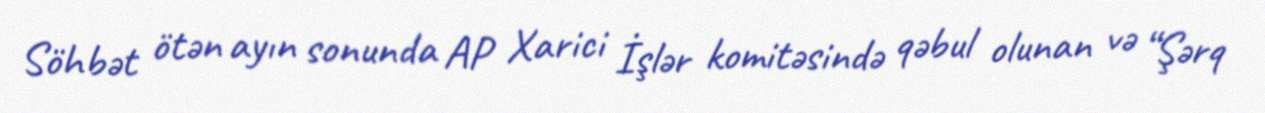
Söhbət ötən ayın sonunda AP Xarici İşlər komitəsində qəbul olunan və “Şərq